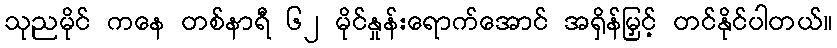
သုညမိုင် ကနေ တစ်နာရီ ၆၂ မိုင်နှုန်းရောက်အောင် အရှိန်မြှင့် တင်နိုင်ပါတယ်။